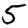
Digit: 5